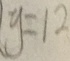
y = 1 2